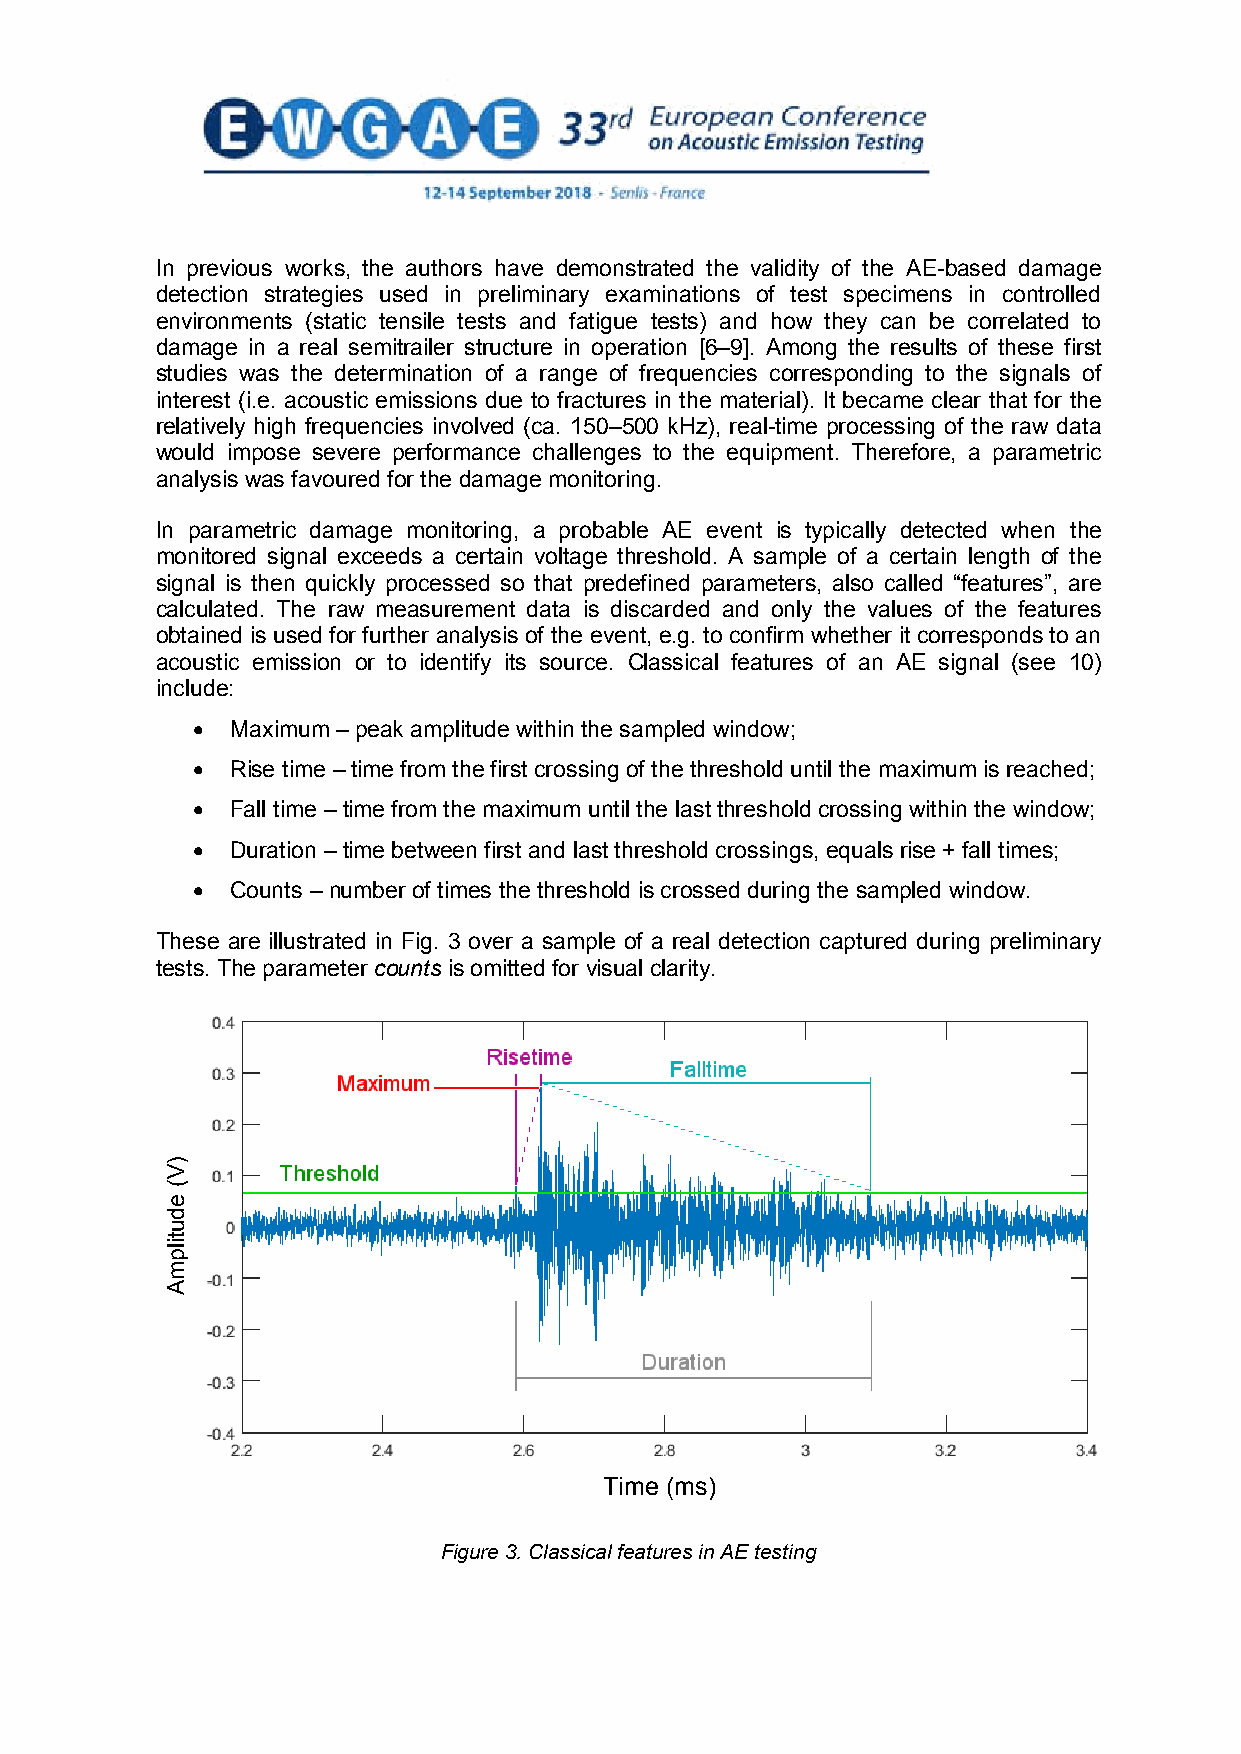
In previous works, the authors have demonstrated the validity of the AE-based damage
 detection strategies used in preliminary examinations of test specimens in controlled
 environments (static tensile tests and fatigue tests) and how they can be correlated to
 damage in a real semitrailer structure in operation [6–9]. Among the results of these first
 studies was the determination of a range of frequencies corresponding to the signals of
 interest (i.e. acoustic emissions due to fractures in the material). It became clear that for the
 relatively high frequencies involved (ca. 150–500 kHz), real-time processing of the raw data
 would impose severe performance challenges to the equipment. Therefore, a parametric
 analysis was favoured for the damage monitoring.
 In parametric damage monitoring, a probable AE event is typically detected when the
 monitored signal exceeds a certain voltage threshold. A sample of a certain length of the
 signal is then quickly processed so that predefined parameters, also called “features”, are
 calculated. The raw measurement data is discarded and only the values of the features
 obtained is used for further analysis of the event, e.g. to confirm whether it corresponds to an
 acoustic emission or to identify its source. Classical features of an AE signal (see 10)
 include:
 • Maximum –peak amplitude within the sampled window;
 • Rise time –time from the first crossing of the threshold until the maximum is reached;
 • Fall time –time from the maximum until the last threshold crossing within the window;
 • Duration –time between first and last threshold crossings, equals rise + fall times;
 • Counts –number of times the threshold is crossed during the sampled window.
 These are illustrated in Fig. 3 over a sample of a real detection captured during preliminary
 tests. The parameter counts is omitted for visual clarity.
 Time (ms)
 Figure 3. Classical features in AE testing
 3
 )V(
 edutilpmA